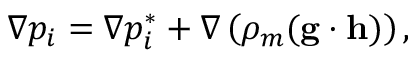
\nabla p _ { i } = \nabla p _ { i } ^ { * } + \nabla \left( \rho _ { m } ( \mathbf { g } \cdot \mathbf { h } ) \right) ,